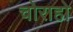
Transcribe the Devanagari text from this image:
चोराहो